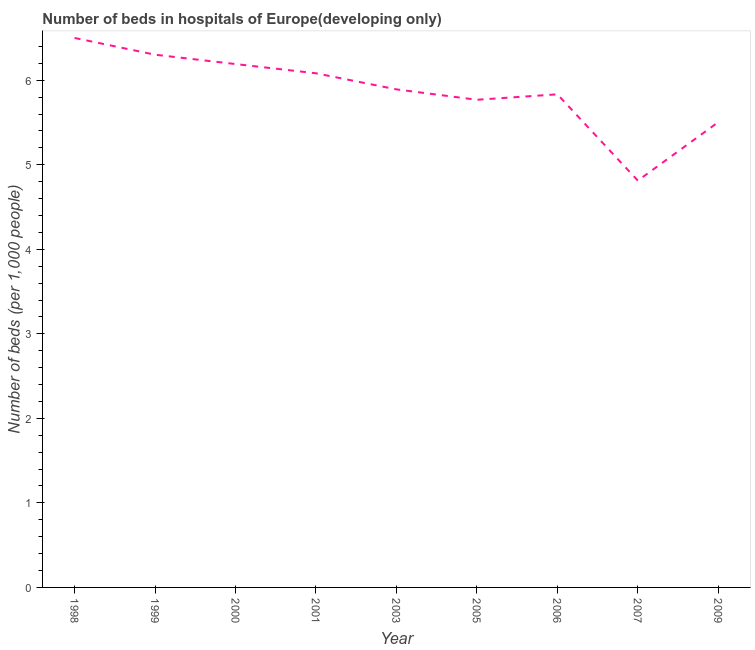
| Year | Hospital beds |
 | --- | --- |
 | 1998 | 6.5 |
 | 1999 | 6.3 |
 | 2000 | 6.19 |
 | 2001 | 6.08 |
 | 2003 | 5.89 |
 | 2005 | 5.77 |
 | 2006 | 5.83 |
 | 2007 | 4.81 |
 | 2009 | 5.51 |